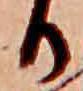
日